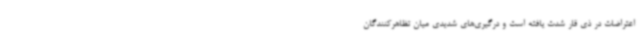
اعتراضات در ذی قار شدت یافته است و درگیری‌های شدیدی میان تظاهرکنندگان